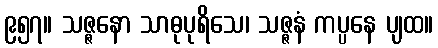
၉၅၇။ သဇ္ဇနော သာဓုပုရိသေ၊ သဇ္ဇနံ ကပ္ပနေ ပျထ။